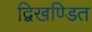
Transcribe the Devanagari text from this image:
द्विखण्डित